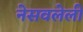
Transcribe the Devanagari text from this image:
नेसवलेली